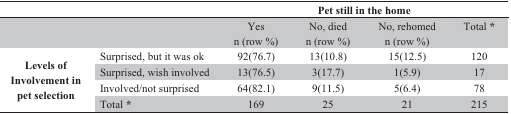
<table><thead><tr><td></td><td></td><td colspan="4"><b>Pet still in the home</b></td></tr></thead><tbody><tr><td rowspan="2"></td><td rowspan="2"></td><td>Yes</td><td>No, died</td><td>No, rehomed</td><td>Total *</td></tr><tr><td>n (row %)</td><td>n (row %)</td><td>n (row %)</td><td></td></tr><tr><td rowspan="4"><b>Levels of Involvement in pet selection</b></td><td>Surprised, but it was ok</td><td>92(76.7)</td><td>13(10.8)</td><td>15(12.5)</td><td>120</td></tr><tr><td>Surprised, wish involved</td><td>13(76.5)</td><td>3(17.7)</td><td>1(5.9)</td><td>17</td></tr><tr><td>Involved/not surprised</td><td>64(82.1)</td><td>9(11.5)</td><td>5(6.4)</td><td>78</td></tr><tr><td>Total *</td><td>169</td><td>25</td><td>21</td><td>215</td></tr></tbody></table>